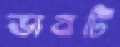
ভাবটি